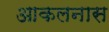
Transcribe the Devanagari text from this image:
आकलनास